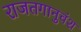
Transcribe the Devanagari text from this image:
राजतगानुवंश